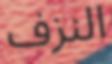
النزف